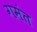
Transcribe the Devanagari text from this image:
गमंत